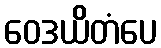
ဝေဒယိတံပေ